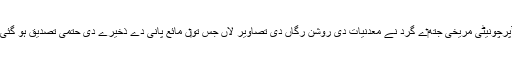
آپرچونیٹی مریخی جتھ‏ے گرد نے معدنیات دی روشن رگاں دی تصاویر لاں جس تو‏ں مائع پانی دے ذخیرے دی حتمی تصدیق ہو گئی۔